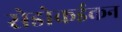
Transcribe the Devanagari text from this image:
सेडोकईकन